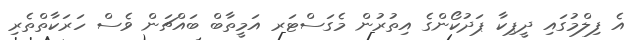
އެ ފިލްމުގައި ދީޕިކާ ޕަދުކޯންގެ އިތުރުން މެގަސްޓަރ އަމީތާބް ބައްޗަން ވެސް ހަރަކާތްތެރި